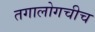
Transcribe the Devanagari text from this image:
तगालोगचीच